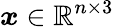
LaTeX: \boldsymbol{\mathit{x}}\in\mathbb{{R}}^{n\times3}